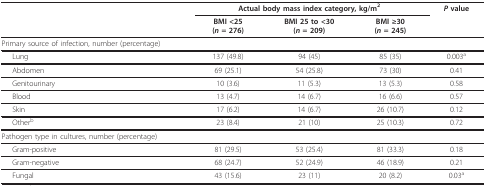
<table><thead><tr><td>[EMPTY_CELL]</td><td colspan="3"><b>Actual body mass index category, kg/m<sup>2</sup></b></td><td><b><i>P </i>value</b></td></tr><tr><td>[EMPTY_CELL]</td><td><b>BMI &lt;25(<i>n </i>= 276)</b></td><td><b>BMI 25 to &lt;30(<i>n </i>= 209)</b></td><td><b>BMI ≥30(<i>n </i>= 245)</b></td><td>[EMPTY_CELL]</td></tr></thead><tbody><tr><td>Primary source of infection, number (percentage)</td><td>[EMPTY_CELL]</td><td>[EMPTY_CELL]</td><td>[EMPTY_CELL]</td><td>[EMPTY_CELL]</td></tr><tr><td>Lung</td><td>137 (49.8)</td><td>94 (45)</td><td>85 (35)</td><td>0.003<sup>a</sup></td></tr><tr><td>Abdomen</td><td>69 (25.1)</td><td>54 (25.8)</td><td>73 (30)</td><td>0.41</td></tr><tr><td>Genitourinary</td><td>10 (3.6)</td><td>11 (5.3)</td><td>13 (5.3)</td><td>0.58</td></tr><tr><td>Blood</td><td>13 (4.7)</td><td>14 (6.7)</td><td>16 (6.6)</td><td>0.57</td></tr><tr><td>Skin</td><td>17 (6.2)</td><td>14 (6.7)</td><td>26 (10.7)</td><td>0.12</td></tr><tr><td>Other<sup>b</sup></td><td>23 (8.4)</td><td>21 (10)</td><td>25 (10.3)</td><td>0.72</td></tr><tr><td>Pathogen type in cultures, number (percentage)</td><td>[EMPTY_CELL]</td><td>[EMPTY_CELL]</td><td>[EMPTY_CELL]</td><td>[EMPTY_CELL]</td></tr><tr><td>Gram-positive</td><td>81 (29.5)</td><td>53 (25.4)</td><td>81 (33.3)</td><td>0.18</td></tr><tr><td>Gram-negative</td><td>68 (24.7)</td><td>52 (24.9)</td><td>46 (18.9)</td><td>0.21</td></tr><tr><td>Fungal</td><td>43 (15.6)</td><td>23 (11)</td><td>20 (8.2)</td><td>0.03<sup>a</sup></td></tr></tbody></table>